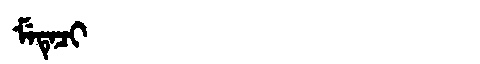
Manchu: ᠮᡝᡨᡝᠴᡳ
Romanization: METECI